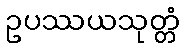
ဥပဿယသုတ္တံ